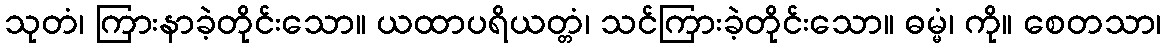
သုတံ၊ ကြားနာခဲ့တိုင်းသော။ ယထာပရိယတ္တံ၊ သင်ကြားခဲ့တိုင်းသော။ ဓမ္မံ၊ ကို။ စေတသာ၊